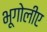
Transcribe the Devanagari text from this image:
भूगोलीए